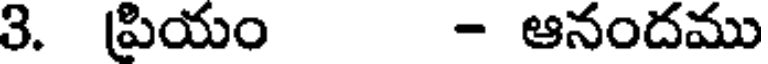
3. ప్రియం - ఆనందము